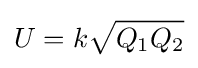
U=k{\sqrt {Q_{1}Q_{2}}}